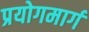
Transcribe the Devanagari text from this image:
प्रयोगमार्ग